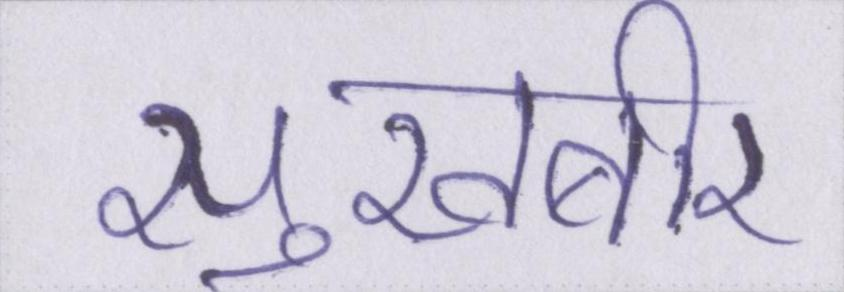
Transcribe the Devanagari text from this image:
सुखबीर